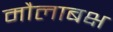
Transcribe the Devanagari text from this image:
मौलाबक्ष